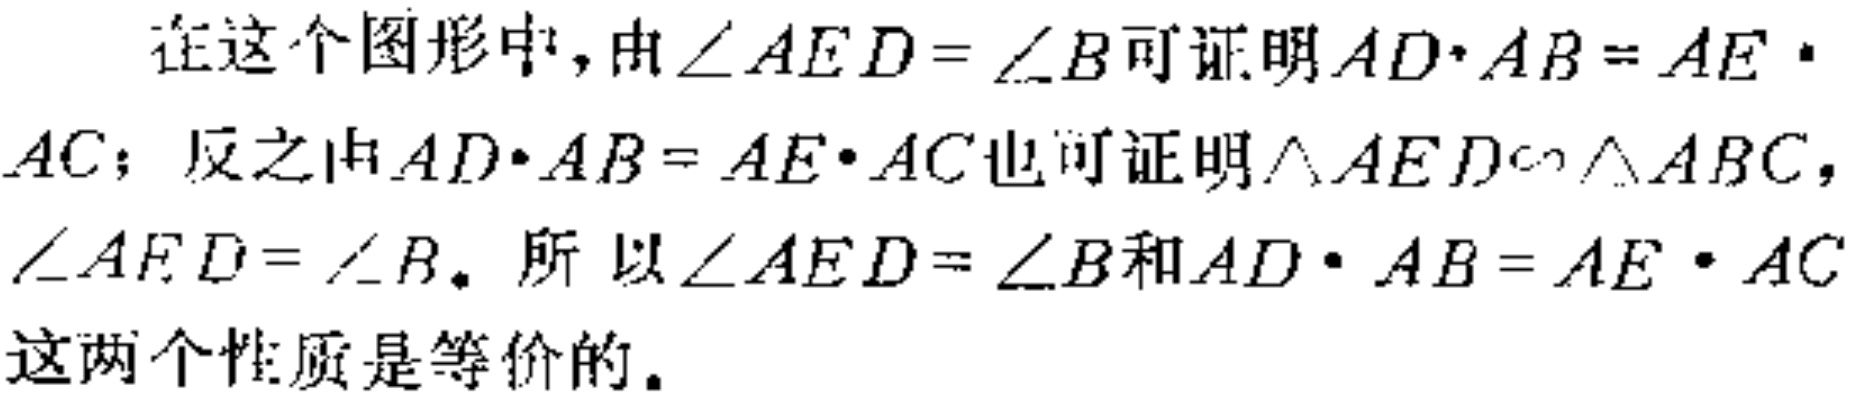
在这个图形中，由\(\angle AED = \angle B\)可证明\(AD\cdot AB = AE\cdot AC\)；反之由\(AD\cdot AB = AE\cdot AC\)也可证明\(\triangle AED\sim\triangle ABC\)，\(\angle AED = \angle B\)。所以\(\angle AED = \angle B\)和\(AD\cdot AB = AE\cdot AC\)这两个性质是等价的。